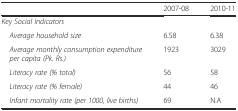
<table><thead><tr><td></td><td><b>2007-08</b></td><td><b>2010-11</b></td></tr></thead><tbody><tr><td><i>Key Social Indicators</i></td><td></td><td></td></tr><tr><td><i> Average household size</i></td><td>6.58</td><td>6.38</td></tr><tr><td><i> Average monthly consumption expenditure per capita (Pk. Rs.)</i></td><td>1923</td><td>3029</td></tr><tr><td><i> Literacy rate (% total)</i></td><td>56</td><td>58</td></tr><tr><td><i> Literacy rate (% female)</i></td><td>44</td><td>46</td></tr><tr><td><i> Infant mortality rate (per 1000, live births)</i></td><td>69</td><td>N.A</td></tr></tbody></table>